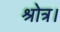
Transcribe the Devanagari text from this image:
श्रोत्र।